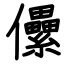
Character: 儽